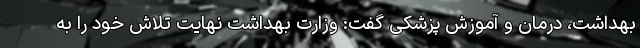
بهداشت، درمان و آموزش پزشکی گفت: وزارت بهداشت نهایت تلاش خود را به